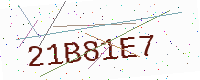
Text: 21B81E7